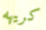
كريهه